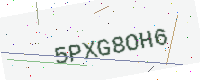
Text: 5PXG8OH6